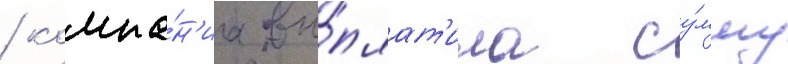
/ компа́н'иа вы́плат'ила су́мму